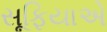
સૂફિયાએ